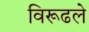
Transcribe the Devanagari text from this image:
विरूढले